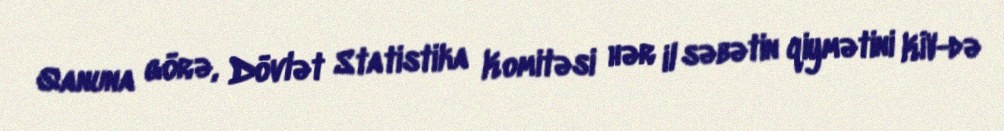
Qanuna görə, Dövlət Statistika Komitəsi hər il səbətin qiymətini KİV-də